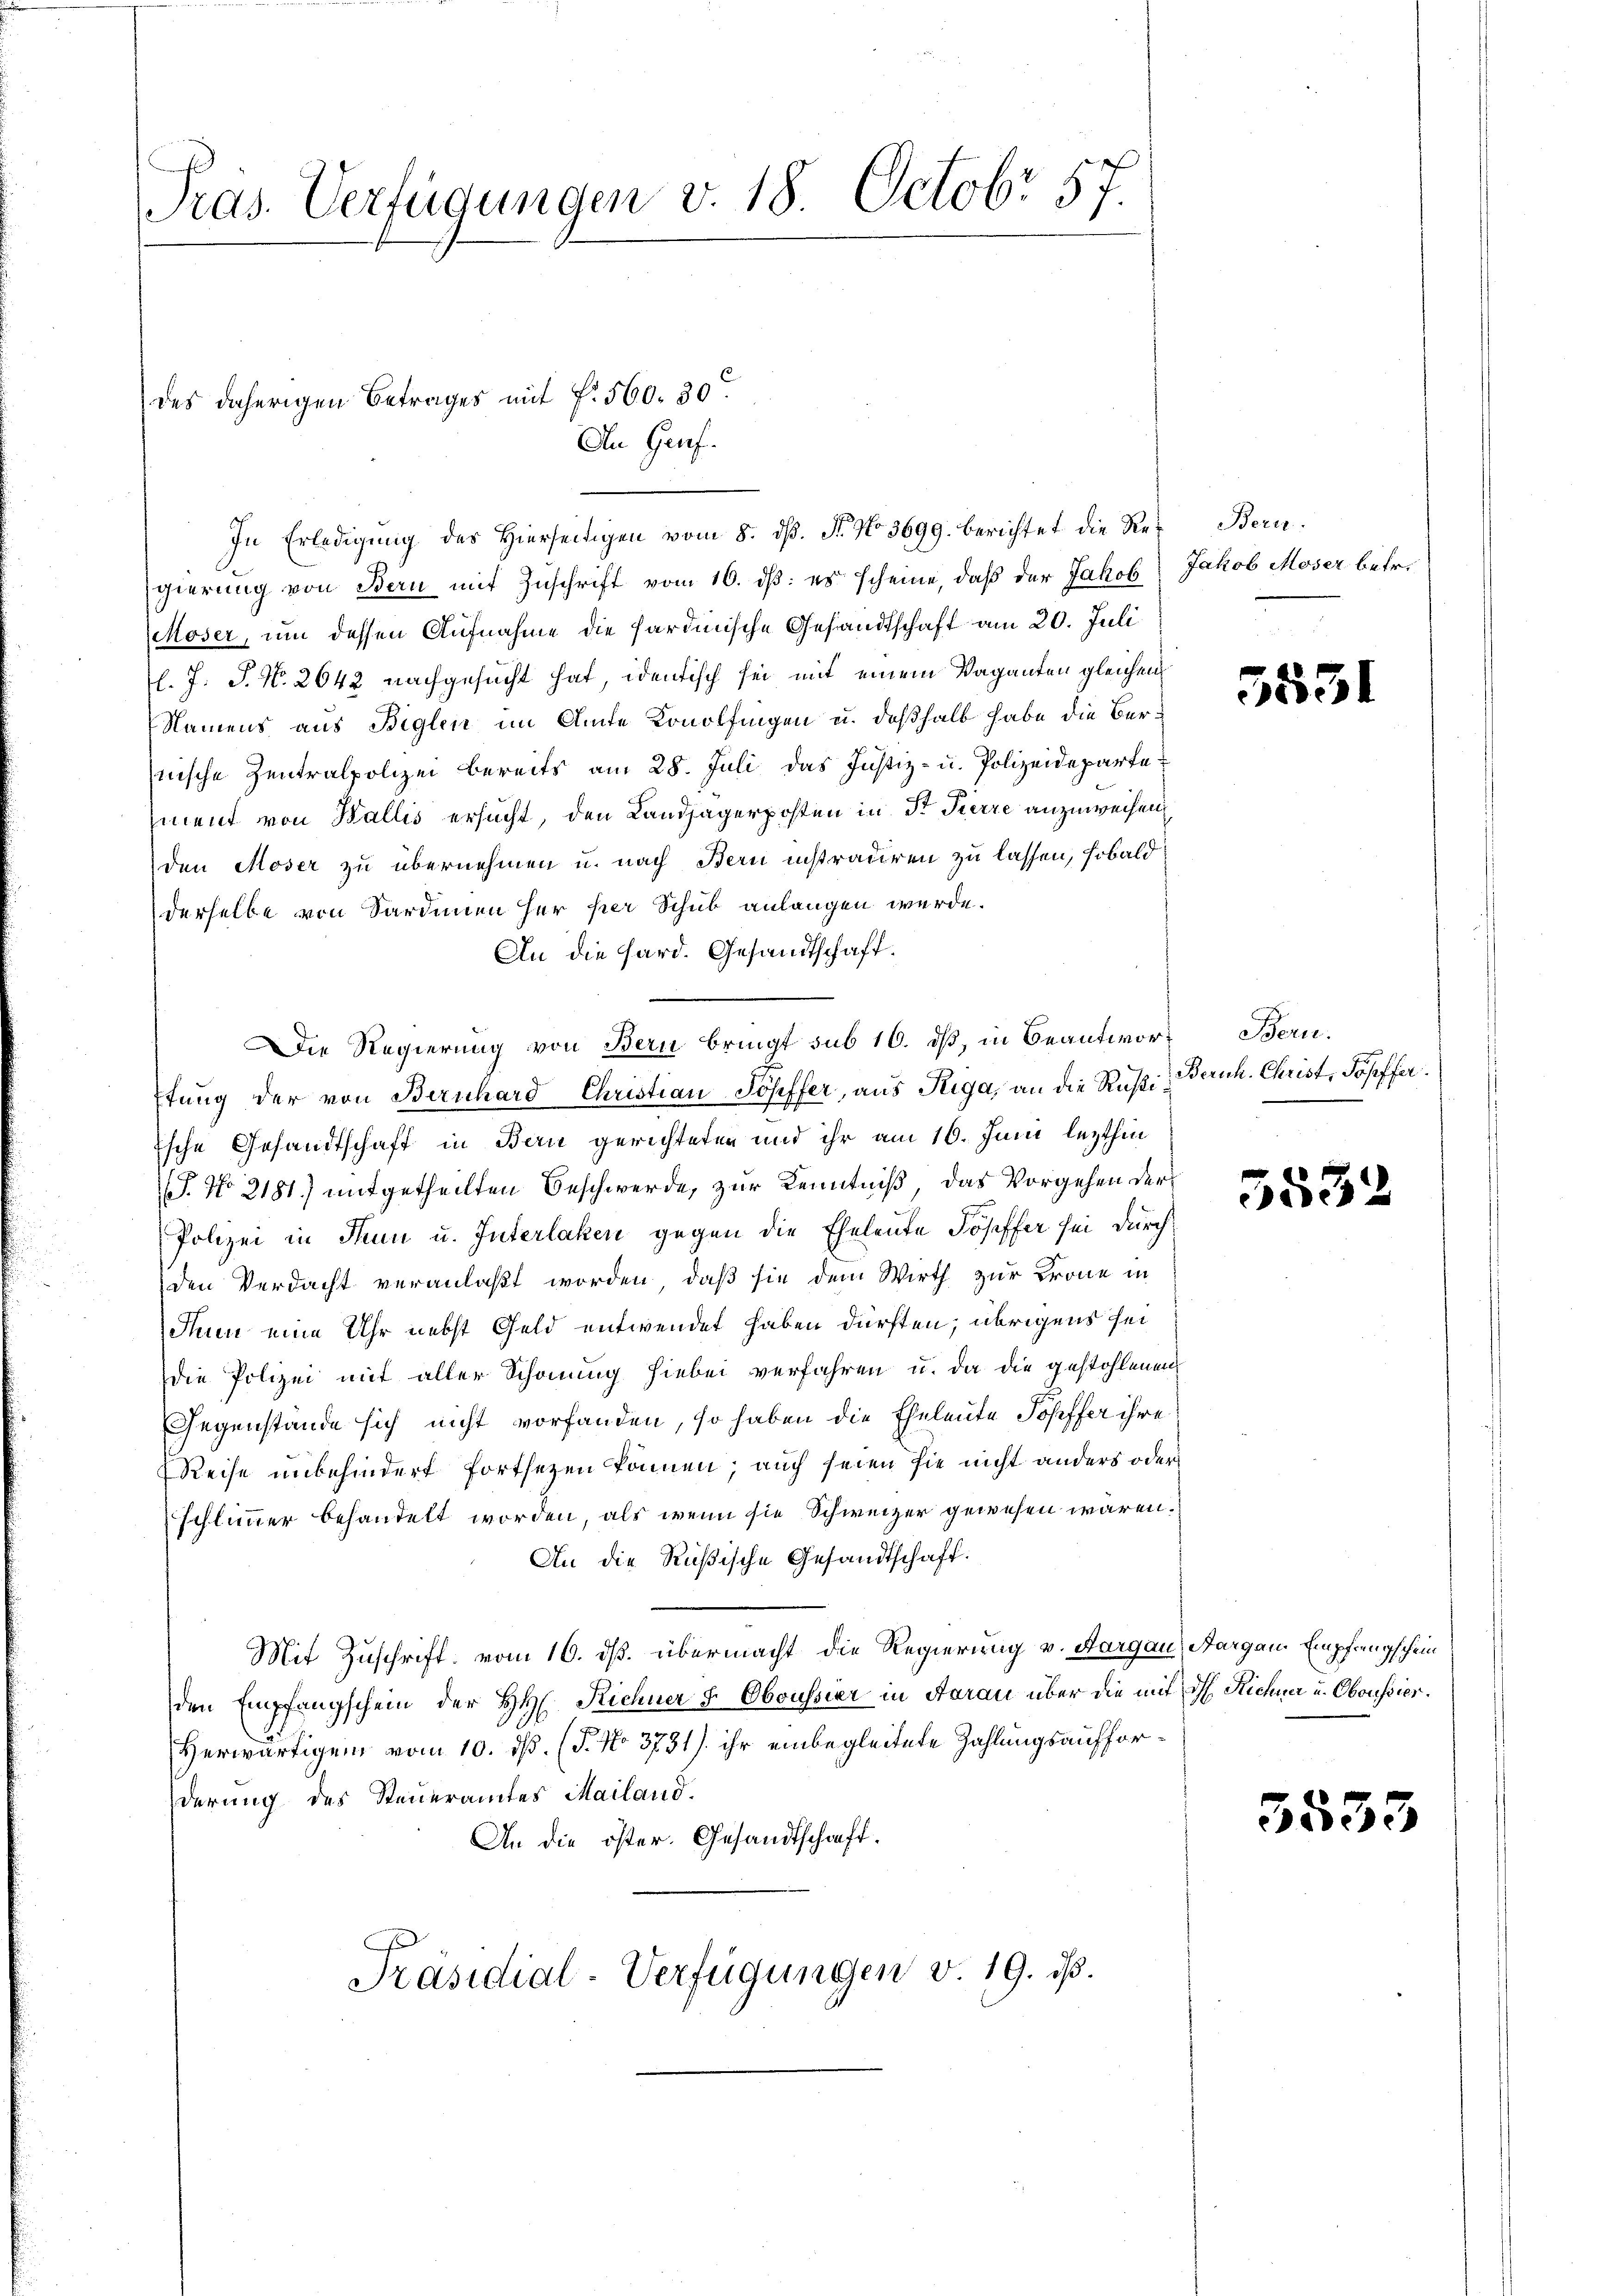
Pras. Verfügungen v. 18. Octobr 57.

des daherigen Betrages mit f. 560. 30.
An Genf.

In Erledigŭng des Hierseitigen vom 8. dβ. N. No 3699. berichtet die Regierung von Bern mit Zuschrift vom 16. dß: es scheine, daß der Jakob
Moser, um dessen Aufnahme die hardinische Gesandtschaft am 20. Juli
l. J. J. No. 2642 nachgesucht hat, identisch sei mit einem Vaganten gleichen
Namens aus Biglen im Amte Konolfingen u. deßhalb habe die Bernische Zentralpolizei bereits am 28. Juli das Justiz- u. Polizeideparte
zment von Wallis ersucht, den Landjägerposten in Dr Pierre anzuweisen,
den Moser zu übernehmen u. nach Bern instradiren zu lassen, sobald
derselbe von Sardinien her per Schub anlangen werde.
An die Hard. Gesandtschaft.
ftung der von Bernhard Christian Joseffer, aus Riga, an die Rußi¬
Esche Gesandtschaft in Bern gerichteten und ihr am 16. Juni lezthin
S. No 2181) mitgetheilten Beschwerde, zur Kenntniß, das Vorgehen der
Polizei in Thun u. Interlaken gegen die Eheleute Kopffer sei durch
den Verdacht veranlaßt worden, daß sie dem Wirth zur Krone in
Auun eine Uhr nebst Geld entwendet haben dürften; übrigens sei
die Polizei mit aller Schonung hiebei verfahren u. da die gestohlenen
Gegenstände sich nicht vorfanden, so haben die Eheleute Topffer ihre
Reise unbehindert fortsetzen können; auch seien sie nicht anders oder
schlimmer behandelt worden, als wenn sie Schweizer gewesen wären.
An die Rußische Gesandtschaft.
Mit Zuschrift vom 16. dß. übermacht die Regierung v. Aargau, Aargau, Empfangschein
den Empfangschein der HH. Richner 5 Oboussier in Aarau über die mit dh. Richne u. Oboussier.
Herwärtigen vom 10. ds. (T. No 3731) ihr einbegleitete Zahlungsaufforderung des Steueramtes Mailand.
An die öster. Gesandtschaft.
Präsidial-Verfügungen v. 19. ist.

Die Regierung von Bern bringt sub 16. dß, in Beantwort Bern.

Bern.
Jakob Moser betr.

5531

Beruh. Christ, Joseffer

553

3533